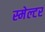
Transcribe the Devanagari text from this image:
स्मेल्टर